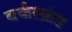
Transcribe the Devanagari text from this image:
बर्कस्क्रंड